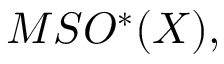
M S O ^ { * } ( X ) ,